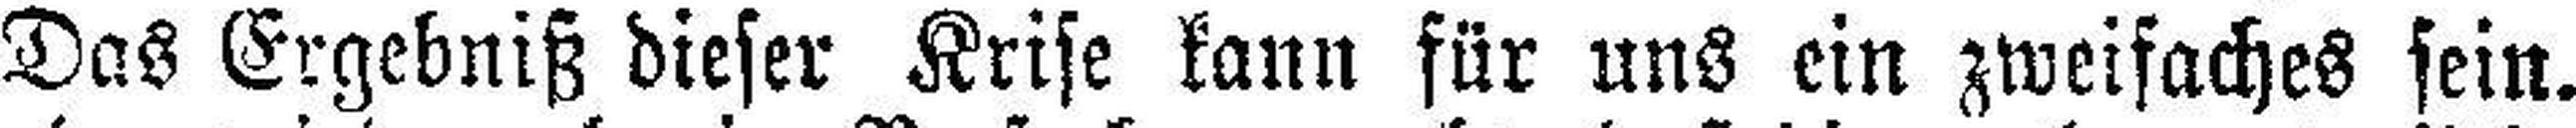
Das Ergebniß dieser Krise kann für uns ein zweifaches sein.